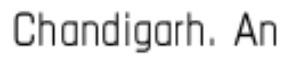
Chandigarh. An